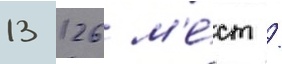
13 126 м'е́ст /